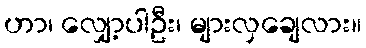
ဟာ၊ လျှော့ပါဦး၊ များလှချေလား။